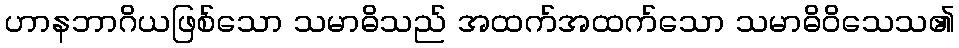
ဟာနဘာဂိယဖြစ်သော သမာဓိသည် အထက်အထက်သော သမာဓိဝိသေသ၏